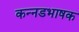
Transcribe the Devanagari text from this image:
कन्‍नडभाषक